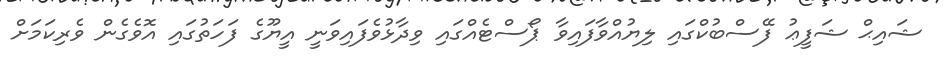
ޝައިޙް ޝަފީޢު ފޭސްބުކްގައި ލިޔުއްވާފައިވާ ޕޯސްޓެއްގައި ވިދާޅުވެފައިވަނީ އީޔޫގެ ފަހަތުގައި އޮވެގެން ވެރިކަމަށް